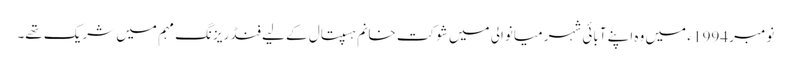
نومبر 1994 ء میں وہ اپنے آبائی شہر میانوالی میں شوکت خانم ہسپتال کے لیے فنڈ ریزنگ مہم میں شریک تھے۔